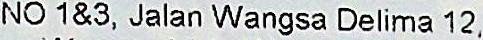
NO 1&3, JALAN WANGSA DELIMA 12,